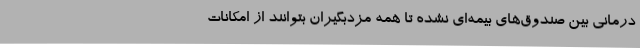
درمانی بین صندوق‌های بیمه‌ای نشده تا همه مزدبگیران بتوانند از امکانات